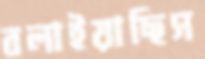
বলাইয়াছিস